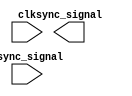
module synchronizer #(parameter WIDTH = 1) (
    input [WIDTH-1:0] async_signal,
    input clk,
    output [WIDTH-1:0] sync_signal
);
    // TODO: Your code

endmodule